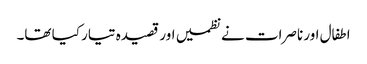
اطفال اور ناصرات نے نظمیں اور قصیدہ تیار کیا تھا۔